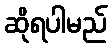
ဆိုရပါမည်